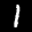
Label: 1